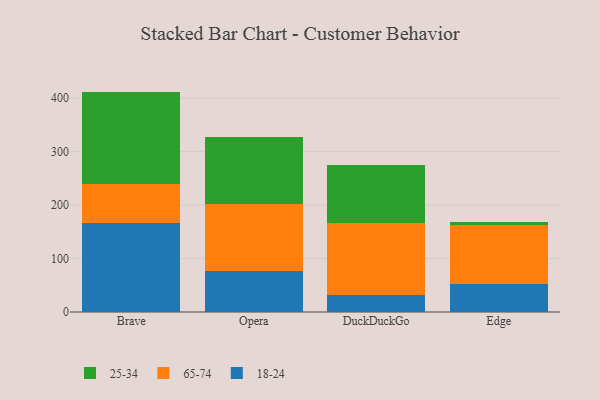
{"axis": {"x": "Browser", "y": "Temperature (°C)"}, "legend": ["18-24", "25-34", "65-74"], "data": [{"x": "Brave", "y": 166.0, "type": "18-24"}, {"x": "Brave", "y": 73.9, "type": "65-74"}, {"x": "Brave", "y": 172.6, "type": "25-34"}, {"x": "Opera", "y": 76.3, "type": "18-24"}, {"x": "Opera", "y": 126.1, "type": "65-74"}, {"x": "Opera", "y": 124.3, "type": "25-34"}, {"x": "DuckDuckGo", "y": 32.5, "type": "18-24"}, {"x": "DuckDuckGo", "y": 133.5, "type": "65-74"}, {"x": "DuckDuckGo", "y": 108.9, "type": "25-34"}, {"x": "Edge", "y": 52.2, "type": "18-24"}, {"x": "Edge", "y": 109.8, "type": "65-74"}, {"x": "Edge", "y": 6.5, "type": "25-34"}]}